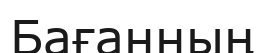
Бағанның